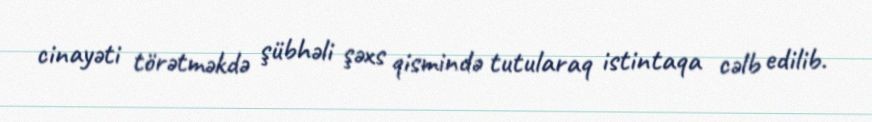
cinayəti törətməkdə şübhəli şəxs qismində tutularaq istintaqa cəlb edilib.